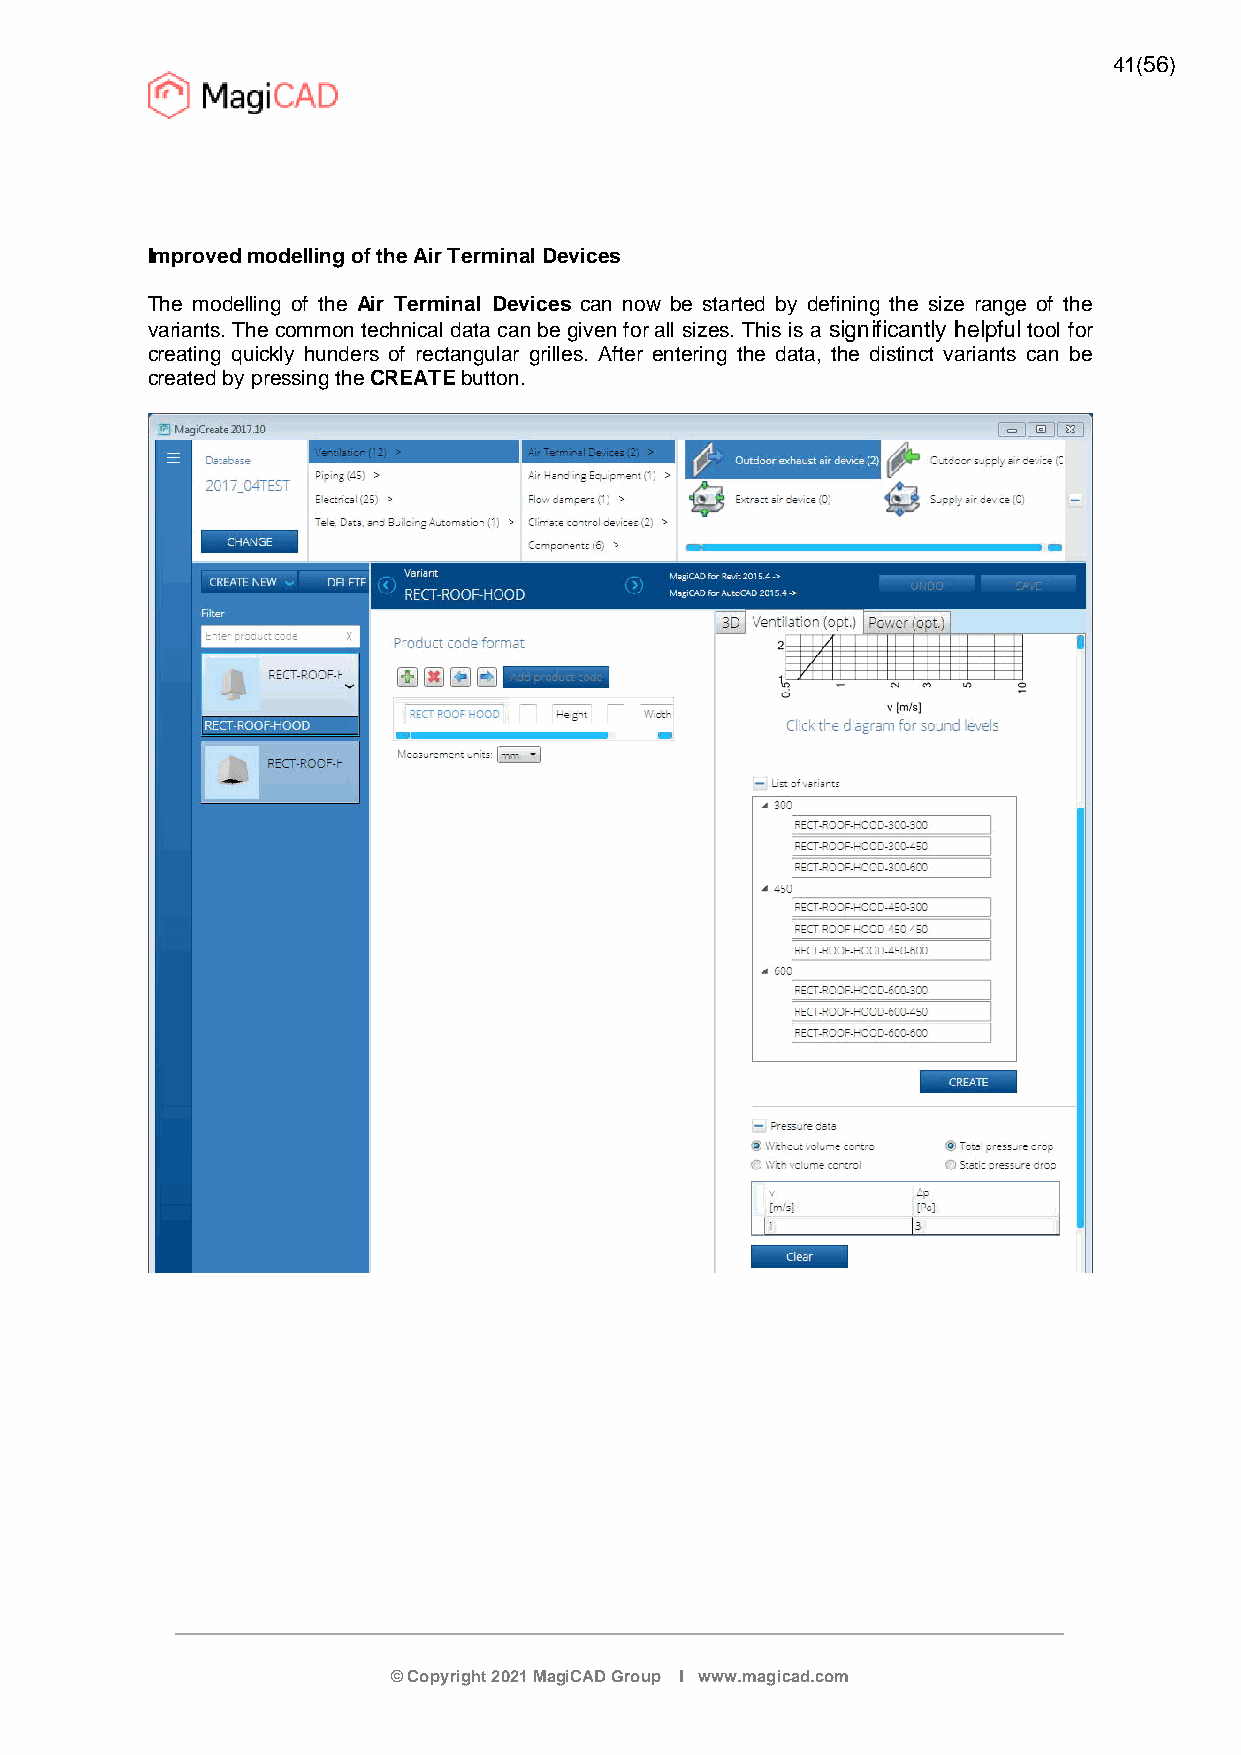
41(56)
 Improved modelling of the Air Terminal Devices
 The modelling of the Air Terminal Devices can now be started by defining the size range of the
 variants. The common technical data can be given for all sizes. This is a significantly helpful tool for
 creating quickly hunders of rectangular grilles. After entering the data, the distinct variants can be
 created by pressing theCREATE button.
 © Copyright 2021 MagiCAD Group I www.magicad.com